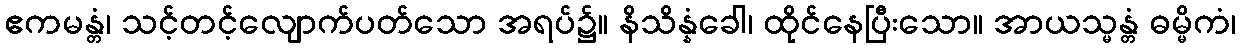
ဧကမန္တံ၊ သင့်တင့်လျောက်ပတ်သော အရပ်၌။ နိသိန္နံခေါ၊ ထိုင်နေပြီးသော။ အာယသ္မန္တံ ဓမ္မိကံ၊